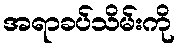
အရာခပ်သိမ်းကို